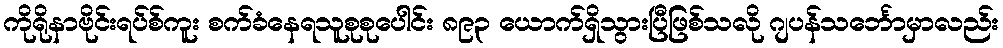
ကိုရိုနာဗိုင်းရပ်စ်ကူး စက်ခံနေရသူစုစုပေါင်း ၈၉၃ ယောက်ရှိသွားပြီဖြစ်သလို ဂျပန်သင်္ဘောမှာလည်း